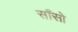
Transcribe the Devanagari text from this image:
साँसो